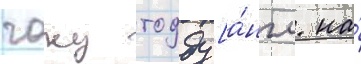
чаку тодду [а́нгл. на́